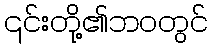
၎င်းတို့၏ဘဝတွင်